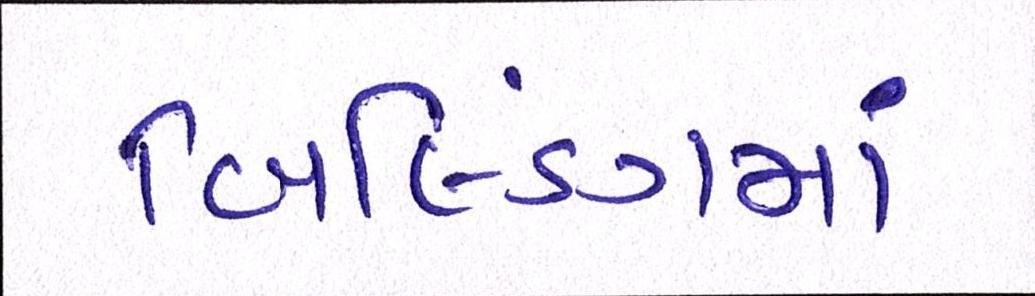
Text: બિલ્ડિંગમાં